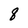
Character: 8